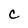
Character: c